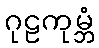
ဂုဠကုမ္ဘံ